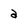
Character: a